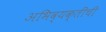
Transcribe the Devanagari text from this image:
अभिव्यक्तींची